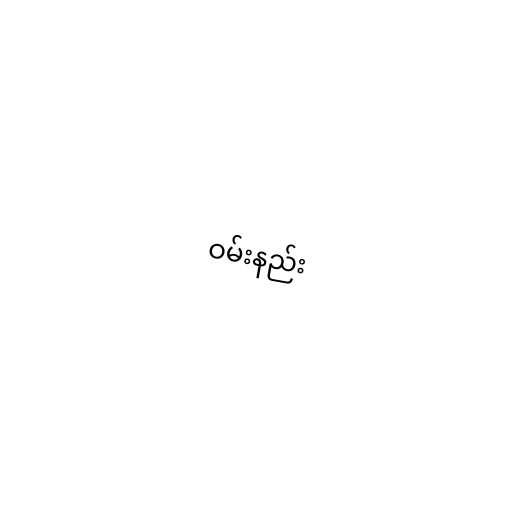
ဝမ်းနည်း